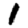
Digit: 1